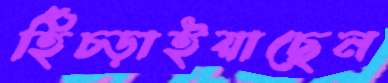
হিঁচ্‌ড়াইয়াছেন